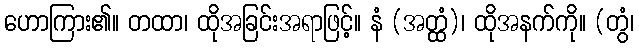
ဟောကြား၏။ တထာ၊ ထိုအခြင်းအရာဖြင့်။ နံ (အတ္ထံ)၊ ထိုအနက်ကို။ (တွံ၊